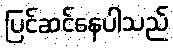
ပြင်ဆင်နေပါသည်